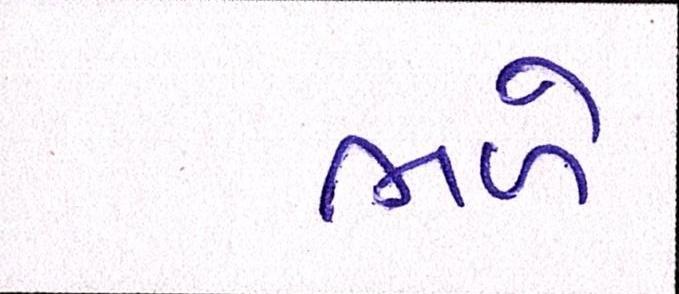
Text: ભળે